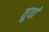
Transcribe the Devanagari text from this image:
तुवां